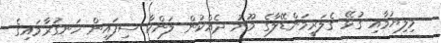
މިލިޔުމާއި ގުޅޭ ގެލަރީމަންޑޭލާގެ މޫނު ދެއްކުން ލަންކާ ސިފައިން ހަނގުރާމައިގެ